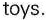
toys.